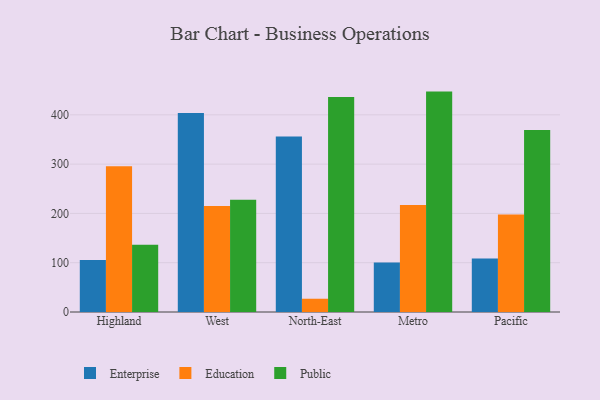
{"axis": {"x": "Region", "y": "Gross Profit (USD K)"}, "legend": ["Education", "Enterprise", "Public"], "data": [{"x": "Highland", "y": 105.4, "type": "Enterprise"}, {"x": "Highland", "y": 295.6, "type": "Education"}, {"x": "Highland", "y": 136.5, "type": "Public"}, {"x": "West", "y": 403.5, "type": "Enterprise"}, {"x": "West", "y": 215.2, "type": "Education"}, {"x": "West", "y": 227.5, "type": "Public"}, {"x": "North-East", "y": 355.9, "type": "Enterprise"}, {"x": "North-East", "y": 26.9, "type": "Education"}, {"x": "North-East", "y": 436.0, "type": "Public"}, {"x": "Metro", "y": 100.6, "type": "Enterprise"}, {"x": "Metro", "y": 217.0, "type": "Education"}, {"x": "Metro", "y": 447.1, "type": "Public"}, {"x": "Pacific", "y": 108.7, "type": "Enterprise"}, {"x": "Pacific", "y": 198.0, "type": "Education"}, {"x": "Pacific", "y": 369.3, "type": "Public"}]}